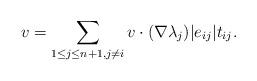
LaTeX: \begin{align*} v = \sum_{1\leq j \leq n+1, j\neq i} v\cdot (\nabla \lambda_j) |e_{ij}| t_{ij}.\end{align*}